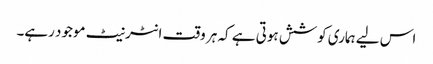
اس لیے ہماری کوشش ہوتی ہے کہ ہر وقت انٹرنیٹ موجود رہے۔